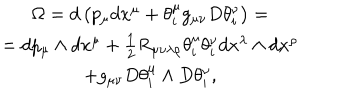
\begin{array} { c } { { \Omega = d \left( p _ { \mu } d x ^ { \mu } + \theta _ { i } ^ { \mu } g _ { \mu \nu } D \theta _ { i } ^ { \nu } \right) = } } \\ { { = d p _ { \mu } \wedge d x ^ { \mu } + \frac 1 2 R _ { \mu \nu \lambda \rho } \theta _ { i } ^ { \mu } \theta _ { i } ^ { \nu } d x ^ { \lambda } \wedge d x ^ { \rho } } } \\ { { + g _ { \mu \nu } D \theta _ { i } ^ { \mu } \wedge D \theta _ { i } ^ { \nu } , } } \\ \end{array}